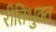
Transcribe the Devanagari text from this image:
रीतिभुक्त